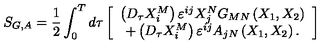
S _ { G , A } = \frac 1 2 \int _ { 0 } ^ { T } d \tau \left[ \begin{array} { c } { \left( D _ { \tau } X _ { i } ^ { M } \right) \varepsilon ^ { i j } X _ { j } ^ { N } G _ { M N } \left( X _ { 1 } , X _ { 2 } \right) } \\ { + \left( D _ { \tau } X _ { i } ^ { M } \right) \varepsilon ^ { i j } A _ { j N } \left( X _ { 1 } , X _ { 2 } \right) . } \\ \end{array} \right]